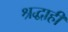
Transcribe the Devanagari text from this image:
श्रद्धाही